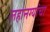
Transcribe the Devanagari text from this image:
लहानग्यांचा